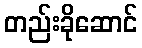
တည်းခိုဆောင်